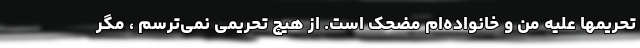
تحریمها علیه من و خانواده‌ام مضحک است. از هیچ تحریمی نمی‌ترسم ،‌ مگر